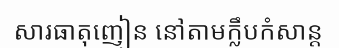
សារធាតុញៀន នៅតាមក្លឹបកំសាន្ត